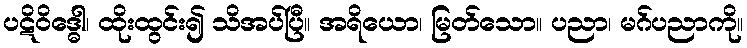
ပဋိဝိဒ္ဓေါ၊ ထိုးထွင်း၍ သိအပ်ပြီ။ အရိယော၊ မြတ်သော။ ပညာ၊ မဂ်ပညာကို။